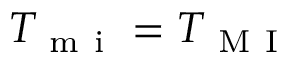
T _ { \mathrm { ~ m ~ i ~ } } = T _ { \mathrm { ~ M ~ I ~ } }